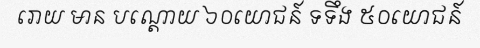
រោយ មាន បណ្តោយ ៦០យោជន៍ ទទឹង ៥០យោជន៍